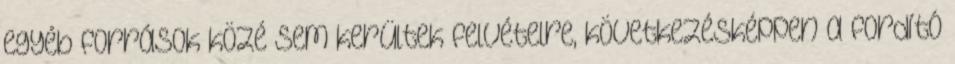
egyéb források közé sem kerültek felvételre, következésképpen a fordító